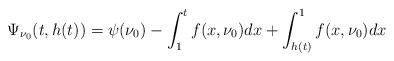
LaTeX: \begin{align*}\Psi_{\nu_0}(t,h(t))=\psi(\nu_0)-\int^t_1 f(x,\nu_0)dx+\int^1_{h(t)}f(x,\nu_0)dx\end{align*}